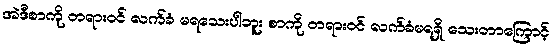
အဲဒီစာကို တရားဝင် လက်ခံ မရသေးပါဘူး စာကို တရားဝင် လက်ခံမရရှိ သေးတာကြောင့်